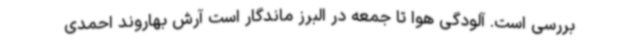
بررسی است. آلودگی هوا تا جمعه در البرز ماندگار است آرش بهاروند احمدی